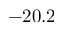
- 2 0 . 2